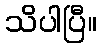
သိပါပြီ။